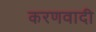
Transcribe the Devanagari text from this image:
करणवादी